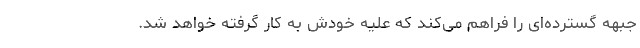
جبهه گسترده‌ای را فراهم می‌کند که علیه خودش به کار گرفته خواهد شد.